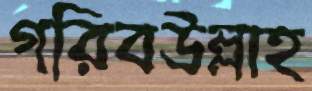
গরিবউল্লাহ